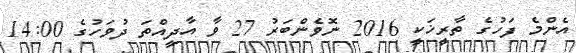
އެންމެ ފަހުގެ ތާރީޚަކީ 2016 ނޮވެންބަރު 27 ވާ އާދީއްތަ ދުވަހުގެ 14:00